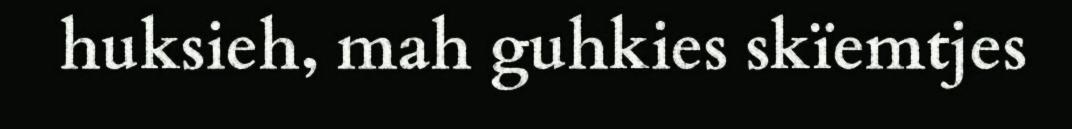
huksieh, mah guhkies skïemtjes